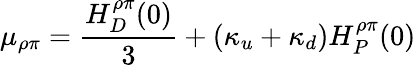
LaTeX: \mu_{\rho\pi}=\frac{H_{D}^{\rho\pi}(0)}{3}+(\kappa_{u}+\kappa_{d})H_{P}^{\rho\pi}(0)